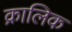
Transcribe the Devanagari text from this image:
क्रालिक